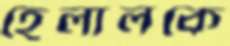
হেলালকে